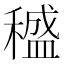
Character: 𥢱